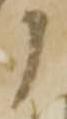
に